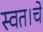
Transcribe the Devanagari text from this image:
स्वत।चे